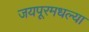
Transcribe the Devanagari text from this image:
जयपूरमधल्या